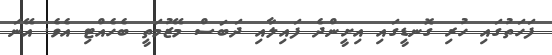
ފަހަތުގައި ހުރި ގޮނޑީގައި އިށީންދެ ފައިލާއި ދަބަސް މޭޒުމަތީ ބެހެއްޓި އެވެ. އޭނަ